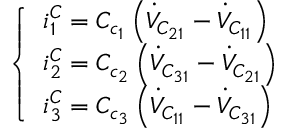
\left\{ \begin{array} { l } { i _ { 1 } ^ { C } = C _ { c _ { 1 } } \left( \dot { V } _ { C _ { 2 1 } } - \dot { V } _ { C _ { 1 1 } } \right) } \\ { i _ { 2 } ^ { C } = C _ { c _ { 2 } } \left( \dot { V } _ { C _ { 3 1 } } - \dot { V } _ { C _ { 2 1 } } \right) } \\ { i _ { 3 } ^ { C } = C _ { c _ { 3 } } \left( \dot { V } _ { C _ { 1 1 } } - \dot { V } _ { C _ { 3 1 } } \right) } \end{array} \right.